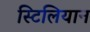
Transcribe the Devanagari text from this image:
स्टिलियान